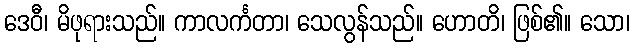
ဒေဝီ၊ မိဖုရားသည်။ ကာလင်္ကတာ၊ သေလွန်သည်။ ဟောတိ၊ ဖြစ်၏။ သော၊